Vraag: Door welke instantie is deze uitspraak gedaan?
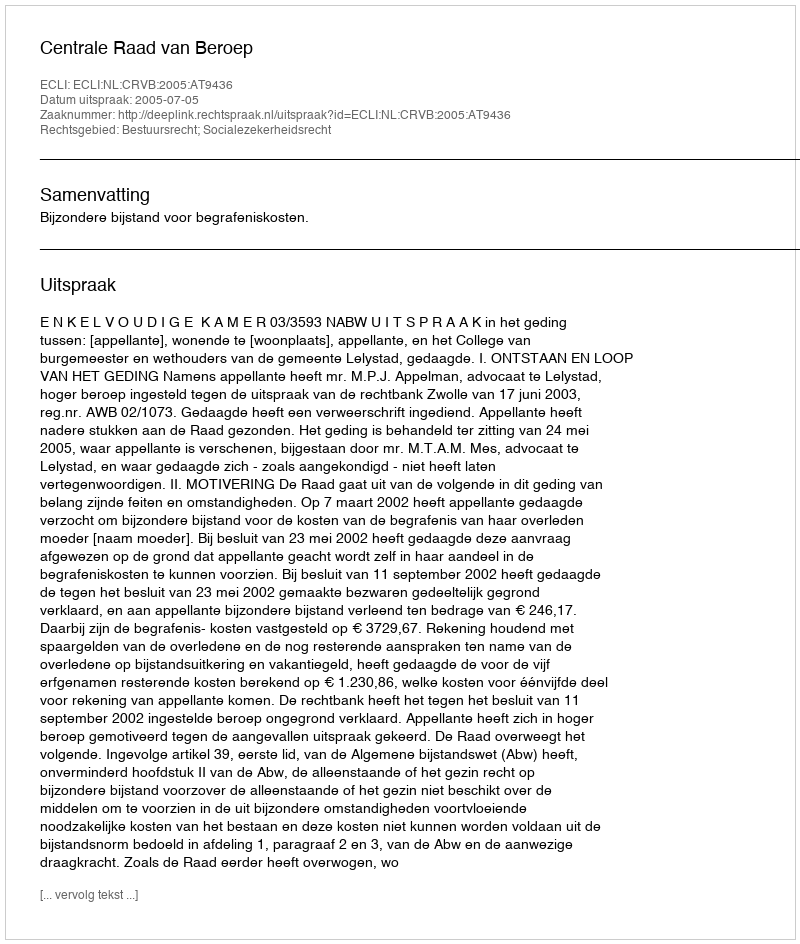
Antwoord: Centrale Raad van Beroep